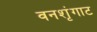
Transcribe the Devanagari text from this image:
वनशृंगाट